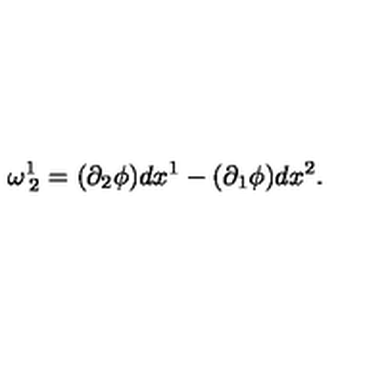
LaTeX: \omega _ { \: 2 } ^ { 1 } = ( \partial _ { 2 } \phi ) d x ^ { 1 } - ( \partial _ { 1 } \phi ) d x ^ { 2 } .